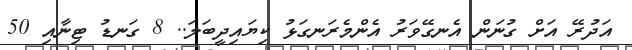
އަދުރޭ އަށް ގުނަން އެނގޭވަރު އެންމެރަނގަޅު ކިޔައިދީބަލަ.. 8 ގަނޑު ޓިނާއި 50